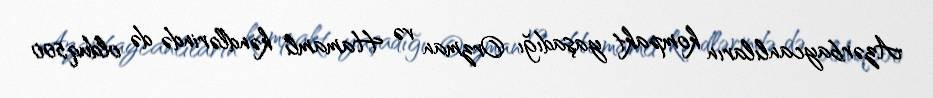
Azərbaycanlıların kompakt yaşadığı Orzman və Hamamlı kəndlərində də olduq.500